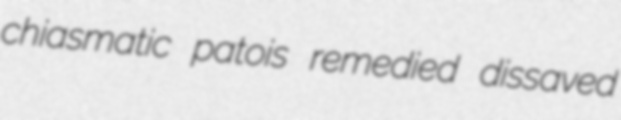
chiasmatic patois remedied dissaved